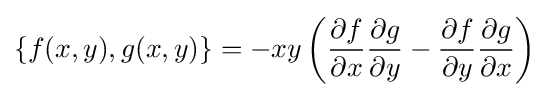
\{f(x,y),g(x,y)\}=-xy\left({\frac {\partial f}{\partial x}}{\frac {\partial g}{\partial y}}-{\frac {\partial f}{\partial y}}{\frac {\partial g}{\partial x}}\right)